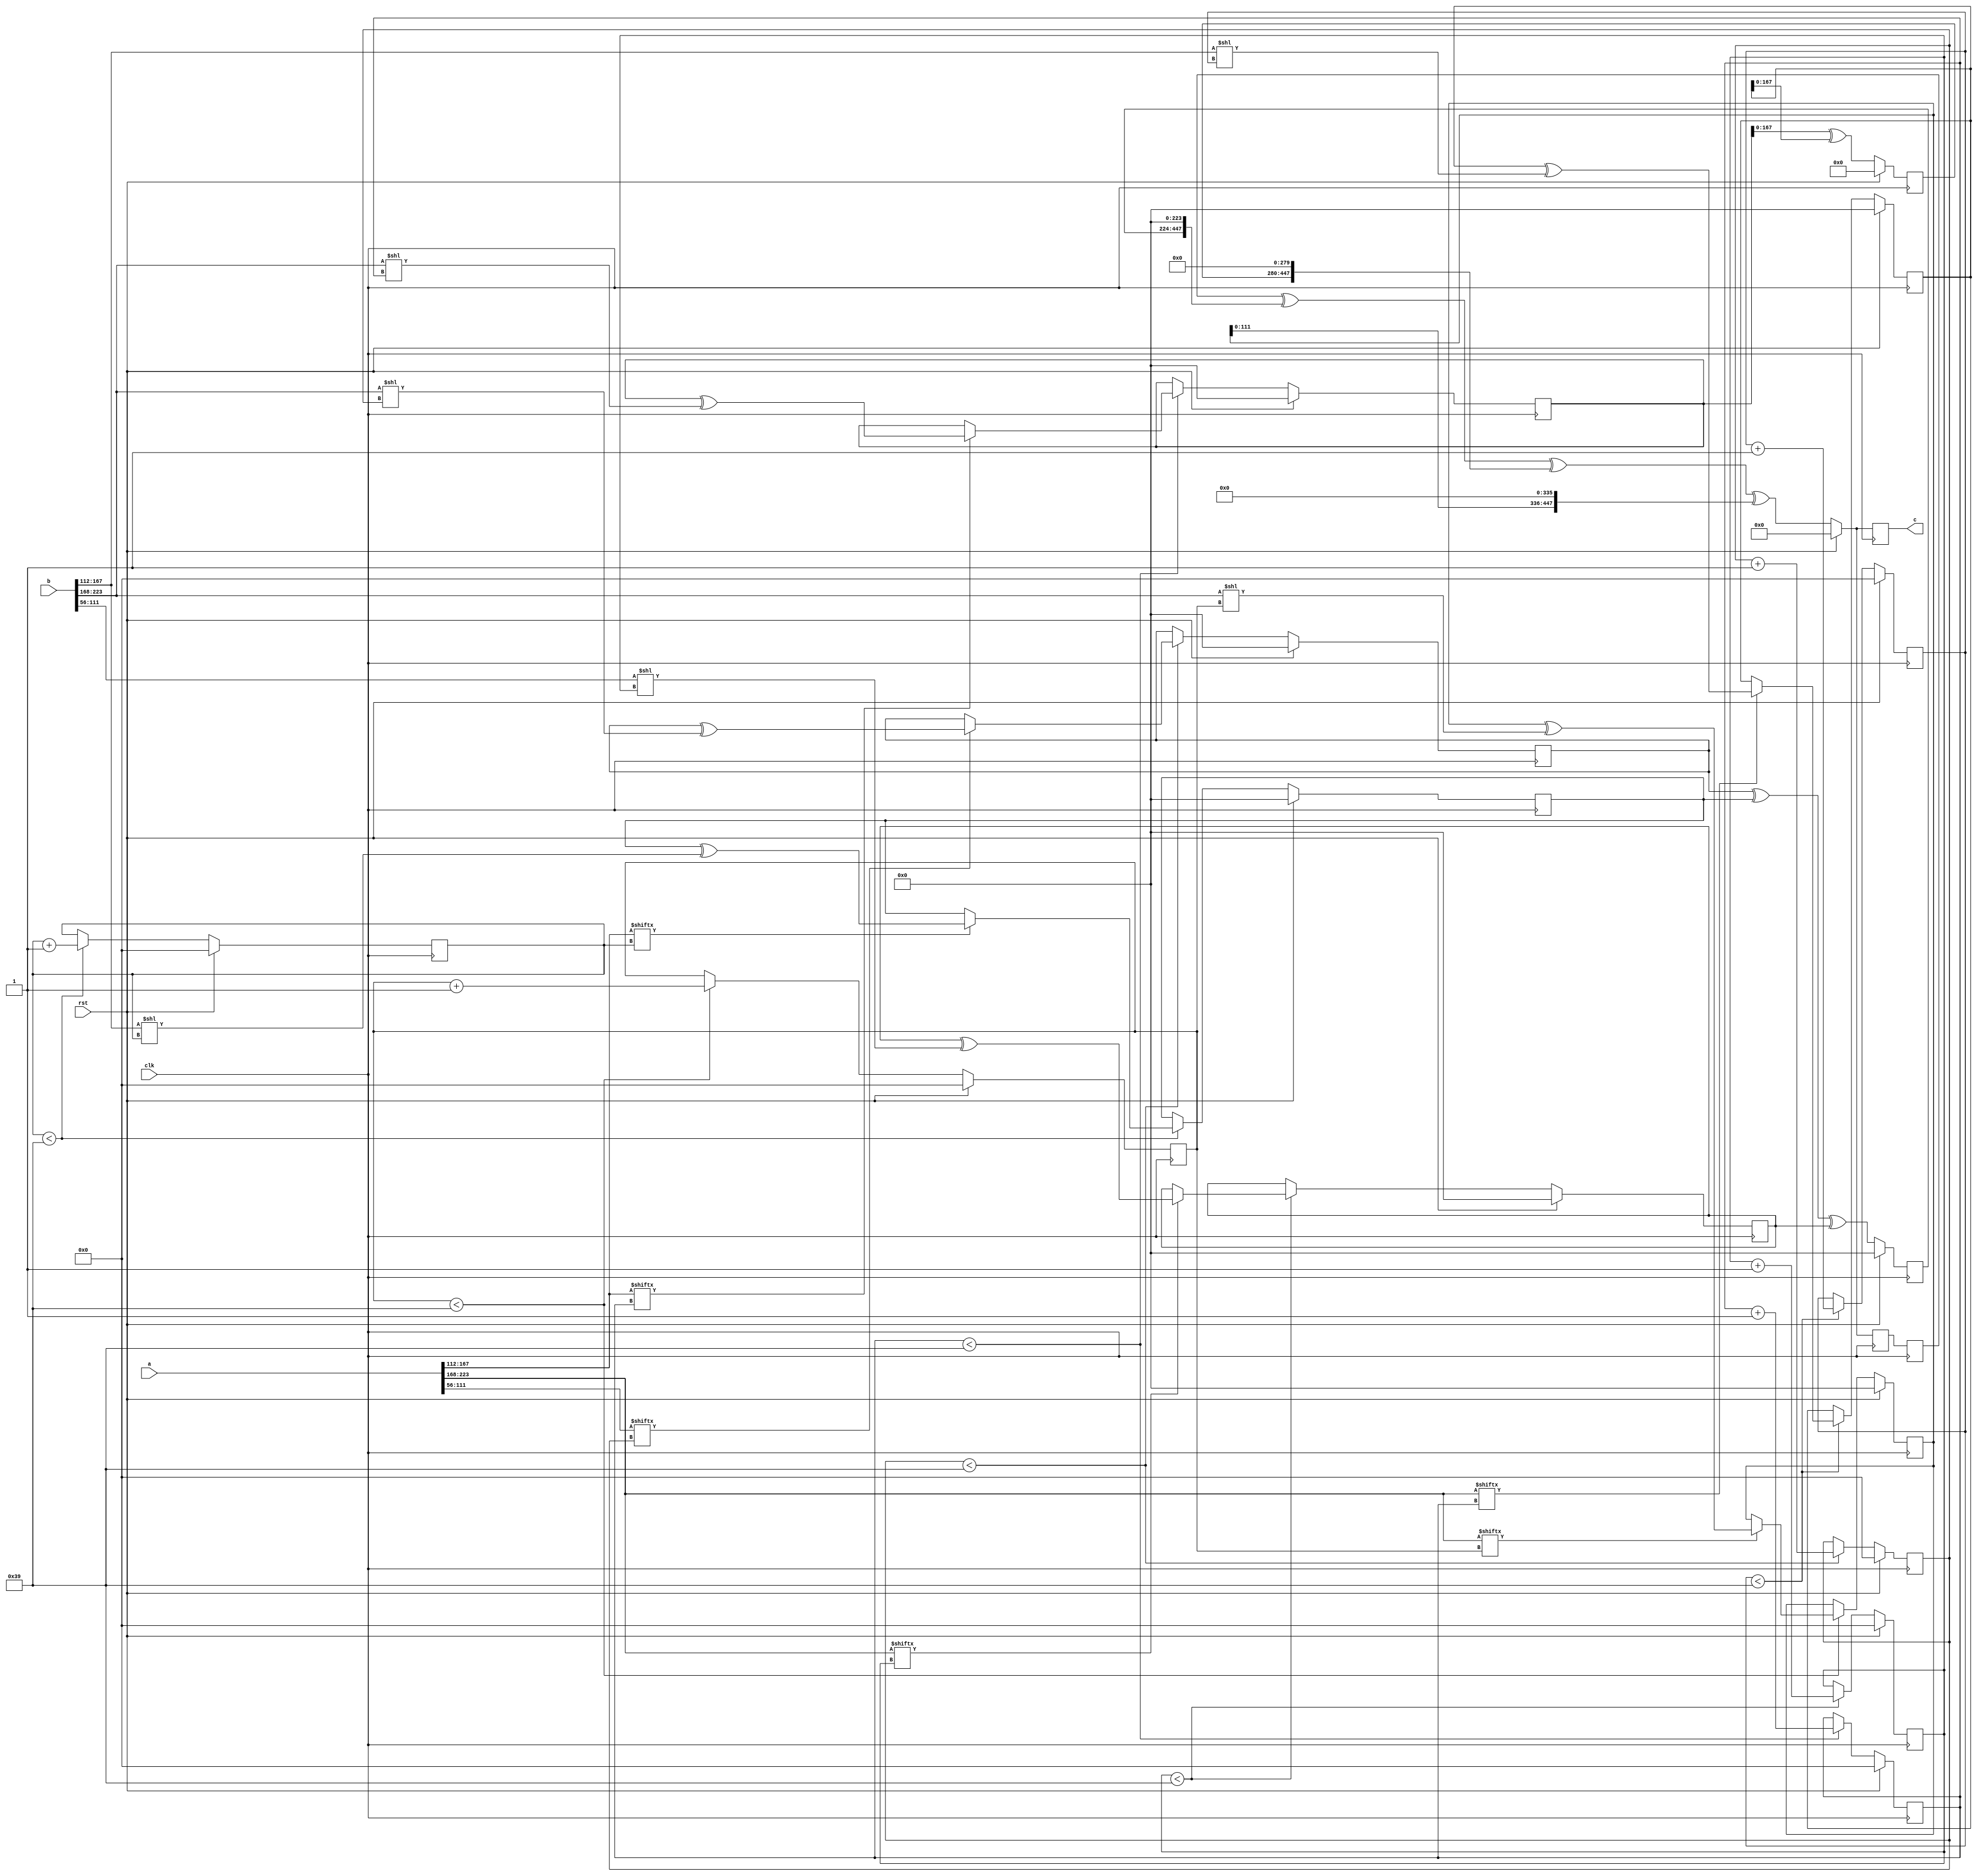
// TalTech large integer multiplier library
// Multiplier type: four_way_toom_cook
// Parameters: 224 224 2
// Target tool: genus
module four_way_toom_cook(clk, rst, a, b, c);
input clk;
input rst;
input [223:0] a;
input [223:0] b;
output reg [447:0] c;

// Pipeline register declaration 
reg [447:0] c_temp_1;

// Wires declaration 
wire  [55:0] a0;
wire  [55:0] a1;
wire  [55:0] a2;
wire  [55:0] a3;
wire  [55:0] b0;
wire  [55:0] b1;
wire  [55:0] b2;
wire  [55:0] b3;

// Registers declaration 
reg  [55:0] counter_d;
reg  [55:0] counter_e1;
reg  [55:0] counter_e2;
reg  [55:0] counter_f1;
reg  [55:0] counter_f2;
reg  [55:0] counter_f3;
reg  [55:0] counter_g1;
reg  [55:0] counter_g2;
reg  [55:0] counter_g3;
reg  [55:0] counter_g4;
reg  [55:0] counter_h1;
reg  [55:0] counter_h2;
reg  [55:0] counter_h3;
reg  [55:0] counter_i1;
reg  [55:0] counter_i2;
reg  [55:0] counter_j;
reg  [223:0] d;
reg  [223:0] e1_mul;
reg  [223:0] e2_mul;
reg  [223:0] e;
reg  [223:0] f1_mul;
reg  [223:0] f2_mul;
reg  [223:0] f3_mul;
reg  [223:0] f;
reg  [223:0] g1_mul;
reg  [223:0] g2_mul;
reg  [223:0] g3_mul;
reg  [223:0] g4_mul;
reg  [223:0] g;
reg  [223:0] h1_mul;
reg  [223:0] h2_mul;
reg  [223:0] h3_mul;
reg  [223:0] h;
reg  [223:0] i1_mul;
reg  [223:0] i2_mul;
reg  [223:0] i;
reg  [223:0] j;
reg  [447:0] temp;

// Initial assignments to wires
assign a0 = a[55:0];
assign a1 = a[111:56];
assign a2 = a[167:112];
assign a3 = a[223:168];
assign b0 = b[55:0];
assign b1 = b[111:56];
assign b2 = b[167:112];
assign b3 = b[223:168];

// Step-1 of 4-Way TCM Multiplier
always @(posedge clk) begin
		if (rst) begin			counter_d <= 56'd0;
			d <= 224'd0;
		end
		else if (counter_d < 57) begin
			if (a3[counter_d] == 1'b1) begin
				d <= d ^ (b3 << counter_d);
				counter_d <= counter_d + 1;
			end
			counter_d <= counter_d + 1;
		end
end

// Step-2 (Part-1) of 4-Way TCM Multiplier
always @(posedge clk) begin
		if (rst) begin
			counter_e1 <= 56'd0;
			e1_mul <= 224'd0;
		end
		else if (counter_e1 < 57) begin
			if (a2[counter_e1] == 1'b1) begin
				e1_mul <= e1_mul ^ (b3 << counter_e1);
				counter_e1 <= counter_e1 + 1;
			end
			counter_e1 <= counter_e1 + 1;
		end
end

// Step-2 (Part-2) of 4-Way TCM Multiplier
always @(posedge clk) begin
		if (rst) begin
			counter_e2 <= 56'd0;
			e2_mul <= 224'd0;
		end
		else if (counter_e2 < 57) begin
			if (a3[counter_e1] == 1'b1) begin
				e2_mul <= e2_mul ^ (b2 << counter_e2);
				counter_e2 <= counter_e2 + 1;
			end
			counter_e2 <= counter_e2 + 1;
		end
end

// Step-2 (Part-3) of 4-Way TCM Multiplier
always @(posedge clk) begin
		if (rst) begin
			e <= 224'd0;
		end
		else begin
			e <= e1_mul ^ e2_mul;
		end
end

// Step-3 (Part-1) of 4-Way TCM Multiplier
always @(posedge clk) begin
		if (rst) begin
			counter_f1 <= 56'd0;
			f1_mul <= 224'd0;
		end
		else if (counter_f1 < 57) begin
			if (a1[counter_f1] == 1'b1) begin
				f1_mul <= f1_mul ^ (b3 << counter_f1);
				counter_f1 <= counter_f1 + 1;
			end
			counter_f1 <= counter_f1 + 1;
		end
end

// Step-3 (Part-2) of 4-Way TCM Multiplier
always @(posedge clk) begin
		if (rst) begin
			counter_f2 <= 56'd0;
			f2_mul <= 224'd0;
		end
		else if (counter_f2 < 57) begin
			if (a2[counter_f2] == 1'b1) begin
				f2_mul <= f2_mul ^ (b2 << counter_f2);
				counter_f2 <= counter_f2 + 1;
			end
			counter_f2 <= counter_f2 + 1;
		end
end

// Step-3 (Part-3) of 4-Way TCM Multiplier
always @(posedge clk) begin
		if (rst) begin
			counter_f3 <= 56'd0;
			f3_mul <= 224'd0;
		end
		else if (counter_f3 < 57) begin
			if (a3[counter_f3] == 1'b1) begin
				f3_mul <= f3_mul ^ (b1 << counter_f3);
				counter_f3 <= counter_f3 + 1;
			end
			counter_f3 <= counter_f3 + 1;
		end
end

// Step-3 (Part-4) of 4-Way TCM Multiplier
always @(posedge clk) begin
		if (rst) begin
			f <= 224'd0;
		end
		else begin
			f <= f1_mul ^ f2_mul ^ f3_mul;
		end
end

// Step-4 (Part-1) of 4-Way TCM Multiplier
always @(posedge clk) begin
		if (rst) begin
			counter_g1 <= 56'd0;
			g1_mul <= 224'd0;
		end
		else if (counter_g1 < 57) begin
			if (a0[counter_g1] == 1'b1) begin
				g1_mul <= g1_mul ^ (b3 << counter_g1);
				counter_g1 <= counter_g1 + 1;
			end
			counter_g1 <= counter_g1 + 1;
		end
end

// Step-4 (Part-2) of 4-Way TCM Multiplier
always @(posedge clk) begin
		if (rst) begin
			counter_g2 <= 56'd0;
			g2_mul <= 224'd0;
		end
		else if (counter_g2 < 57) begin
			if (a1[counter_g2] == 1'b1) begin
				g2_mul <= g2_mul ^ (b2 << counter_g2);
				counter_g2 <= counter_g2 + 1;
			end
			counter_g2 <= counter_g2 + 1;
		end
end

// Step-4 (Part-3) of 4-Way TCM Multiplier
always @(posedge clk) begin
		if (rst) begin
			counter_g3 <= 56'd0;
			g3_mul <= 224'd0;
		end
		else if (counter_g3 < 57) begin
			if (a2[counter_g3] == 1'b1) begin
				g3_mul <= g3_mul ^ (b1 << counter_g3);
				counter_g3 <= counter_g3 + 1;
			end
			counter_g3 <= counter_g3 + 1;
		end
end

// Step-4 (Part-4) of 4-Way TCM Multiplier
always @(posedge clk) begin
		if (rst) begin
			counter_g4 <= 56'd0;
			g4_mul <= 224'd0;
		end
		else if (counter_g4 < 57) begin
			if (a3[counter_g4] == 1'b1) begin
				g4_mul <= g4_mul ^ (b0 << counter_g4);
				counter_g4 <= counter_g4 + 1;
			end
			counter_g4 <= counter_g4 + 1;
		end
end

// Step-4 (Part-5) of 4-Way TCM Multiplier
always @(posedge clk) begin
		if (rst) begin
			g <= 224'd0;
		end
		else begin
			g <= g1_mul ^ g2_mul ^ g3_mul ^ g4_mul;
		end
end

// Step-5 (Part-1) of 4-Way TCM Multiplier
always @(posedge clk) begin
		if (rst) begin
			counter_h1 <= 56'd0;
			h1_mul <= 224'd0;
		end
		else if (counter_h1 < 57) begin
			if (a0[counter_h1] == 1'b1) begin
				h1_mul <= h1_mul ^ (b2 << counter_h1);
				counter_h1 <= counter_h1 + 1;
			end
			counter_h1 <= counter_h1 + 1;
		end
end

// Step-5 (Part-2) of 4-Way TCM Multiplier
always @(posedge clk) begin
		if (rst) begin
			counter_h2 <= 56'd0;
			h2_mul <= 224'd0;
		end
		else if (counter_h2 < 57) begin
			if (a1[counter_h2] == 1'b1) begin
				h2_mul <= h2_mul ^ (b1 << counter_h2);
				counter_h2 <= counter_h2 + 1;
			end
			counter_h2 <= counter_h2 + 1;
		end
end

// Step-5 (Part-3) of 4-Way TCM Multiplier
always @(posedge clk) begin
		if (rst) begin
			counter_h3 <= 56'd0;
			h3_mul <= 224'd0;
		end
		else if (counter_h3 < 57) begin
			if (a2[counter_h3] == 1'b1) begin
				h3_mul <= h3_mul ^ (b0 << counter_h3);
				counter_h3 <= counter_h3 + 1;
			end
			counter_h3 <= counter_h3 + 1;
		end
end

// Step-5 (Part-4) of 4-Way TCM Multiplier
always @(posedge clk) begin
		if (rst) begin
			h <= 224'd0;
		end
		else begin
			h <= h1_mul ^ h2_mul ^ h3_mul;
		end
end

// Step-6 (Part-1) of 4-Way TCM Multiplier
always @(posedge clk) begin
		if (rst) begin
			counter_i1 <= 56'd0;
			i1_mul <= 224'd0;
		end
		else if (counter_i1 < 57) begin
			if (a0[counter_i1] == 1'b1) begin
				i1_mul <= i2_mul ^ (b1 << counter_i1);
				counter_i1 <= counter_i1 + 1;
			end
			counter_i1 <= counter_i1 + 1;
		end
end

// Step-6 (Part-2) of 4-Way TCM Multiplier
always @(posedge clk) begin
		if (rst) begin
			counter_i2 <= 56'd0;
			i2_mul <= 224'd0;
		end
		else if (counter_i2 < 57) begin
			if (a1[counter_i2] == 1'b1) begin
				i2_mul <= i2_mul ^ (b0 << counter_i2);
				counter_i2 <= counter_i2 + 1;
			end
			counter_i2 <= counter_i2 + 1;
		end
end

// Step-6 (Part-3) of 4-Way TCM Multiplier
always @(posedge clk) begin
		if (rst) begin
			i <= 224'd0;
		end
		else begin
			i <= i1_mul ^ i2_mul;
		end
end

// Step-7 of 4-Way TCM Multiplier
always @(posedge clk) begin
		if (rst) begin
			counter_j = 56'd0;
			j = 224'd0;
		end
		else if (counter_j < 57) begin
			if (a0[counter_j] == 1'b1) begin
				j = j ^ (b0 << counter_j);
				counter_j = counter_j + 1;
			end
			counter_j = counter_j + 1;
		end
end

// Step-8 of 4-Way TCM Multiplier
always @(posedge clk) begin
		if (rst) begin
			temp = 448'd0;
			c = 448'd0;
		end
		else begin
			temp = j;
			temp = temp ^ (i << 56);
			temp = temp ^ (h << 112);
			temp = temp ^ (g << 168);
			temp = c_temp_1 ^ (f << 224);
			temp = temp ^ (e << 280);
			temp = temp ^ (d << 336);
			c = temp;
		end
end

// pipeline stages
always @(posedge clk) begin
	c_temp_1 <= temp;
end
endmodule